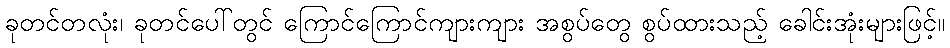
ခုတင်တလုံး၊ ခုတင်ပေါ်တွင် ကြောင်ကြောင်ကျားကျား အစွပ်တွေ စွပ်ထားသည့် ခေါင်းအုံးများဖြင့်။